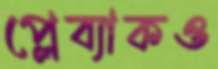
প্লেব্যাকও